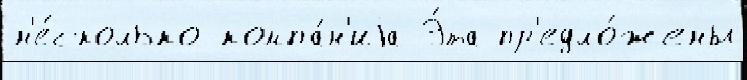
н'е́сколько компа́н'иjа Э́та пр'едло́жены